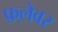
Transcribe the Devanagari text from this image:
फ़्लेवर